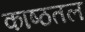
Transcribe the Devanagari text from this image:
काष्ठतल